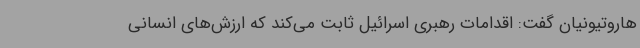
هاروتیونیان گفت: اقدامات رهبری اسرائیل ثابت می‌کند که ارزش‌های انسانی